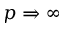
p \Rightarrow \infty